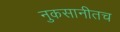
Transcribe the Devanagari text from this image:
नुकसानीतच